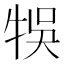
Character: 𤙬